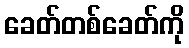
ခေတ်တစ်ခေတ်ကို